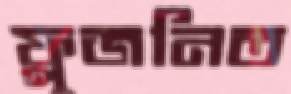
ফ্লুজনিত